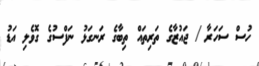
ހުސް ސަހަރާ / ޖައުޒާގެ ތަރިތައް ތިބާގެ ރަނގަޅު ނަފްސުގެ ގޮވެލި އަޑު